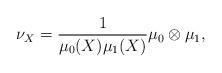
LaTeX: \begin{align*} \nu_X = \frac{1}{\mu_0(X)\mu_1(X)}\mu_0 \otimes \mu_1, \end{align*}